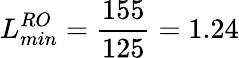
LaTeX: L_{min}^{RO}=\frac{155}{125}=1.24